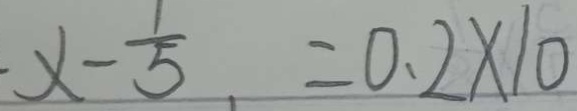
x - \frac { 1 } { 5 } = 0 . 2 \times 1 0